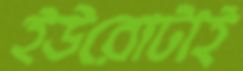
ইউরোটাই